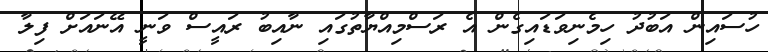
ހުސައިން އަބުދު ހިމެނިވަޑައިގެން އެ ރަސްމިއްޔާތުގައި ނާއިބު ރައީސް ވަނީ އޭނައަށް ފިލާ